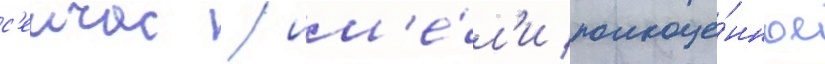
с'еичас / им'е́л'и полноце́нное